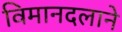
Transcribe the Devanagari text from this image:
विमानदलाने